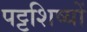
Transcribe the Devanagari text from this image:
पट्टशिष्यों